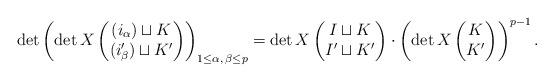
LaTeX: \begin{align*}\det \left( \det X \begin{pmatrix} ( i_\alpha ) \sqcup K \\ ( i'_\beta ) \sqcup K' \end{pmatrix} \right)_{1 \le \alpha, \, \beta \le p} =\det X \begin{pmatrix} I \sqcup K \\ I' \sqcup K' \end{pmatrix}\cdot\left( \det X \begin{pmatrix} K \\ K' \end{pmatrix} \right)^{p-1}.\end{align*}